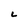
Character: L